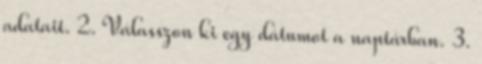
adatait. 2. Válasszon ki egy dátumot a naptárban. 3.